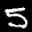
Label: 5